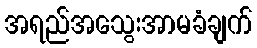
အရည်အသွေးအာမခံချက်